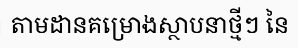
តាមដានគម្រោងស្ថាបនាថ្មីៗ នៃ